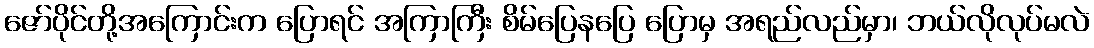
ဇော်ပိုင်တို့အကြောင်းက ပြောရင် အကြာကြီး စိမ်ပြေနပြေ ပြောမှ အရည်လည်မှာ၊ ဘယ်လိုလုပ်မလဲ